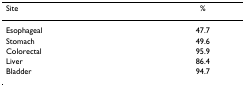
<table><thead><tr><td><b>Site</b></td><td><b>%</b></td></tr></thead><tbody><tr><td>Esophageal</td><td>47.7</td></tr><tr><td>Stomach</td><td>49.6</td></tr><tr><td>Colorectal</td><td>95.9</td></tr><tr><td>Liver</td><td>86.4</td></tr><tr><td>Bladder</td><td>94.7</td></tr></tbody></table>